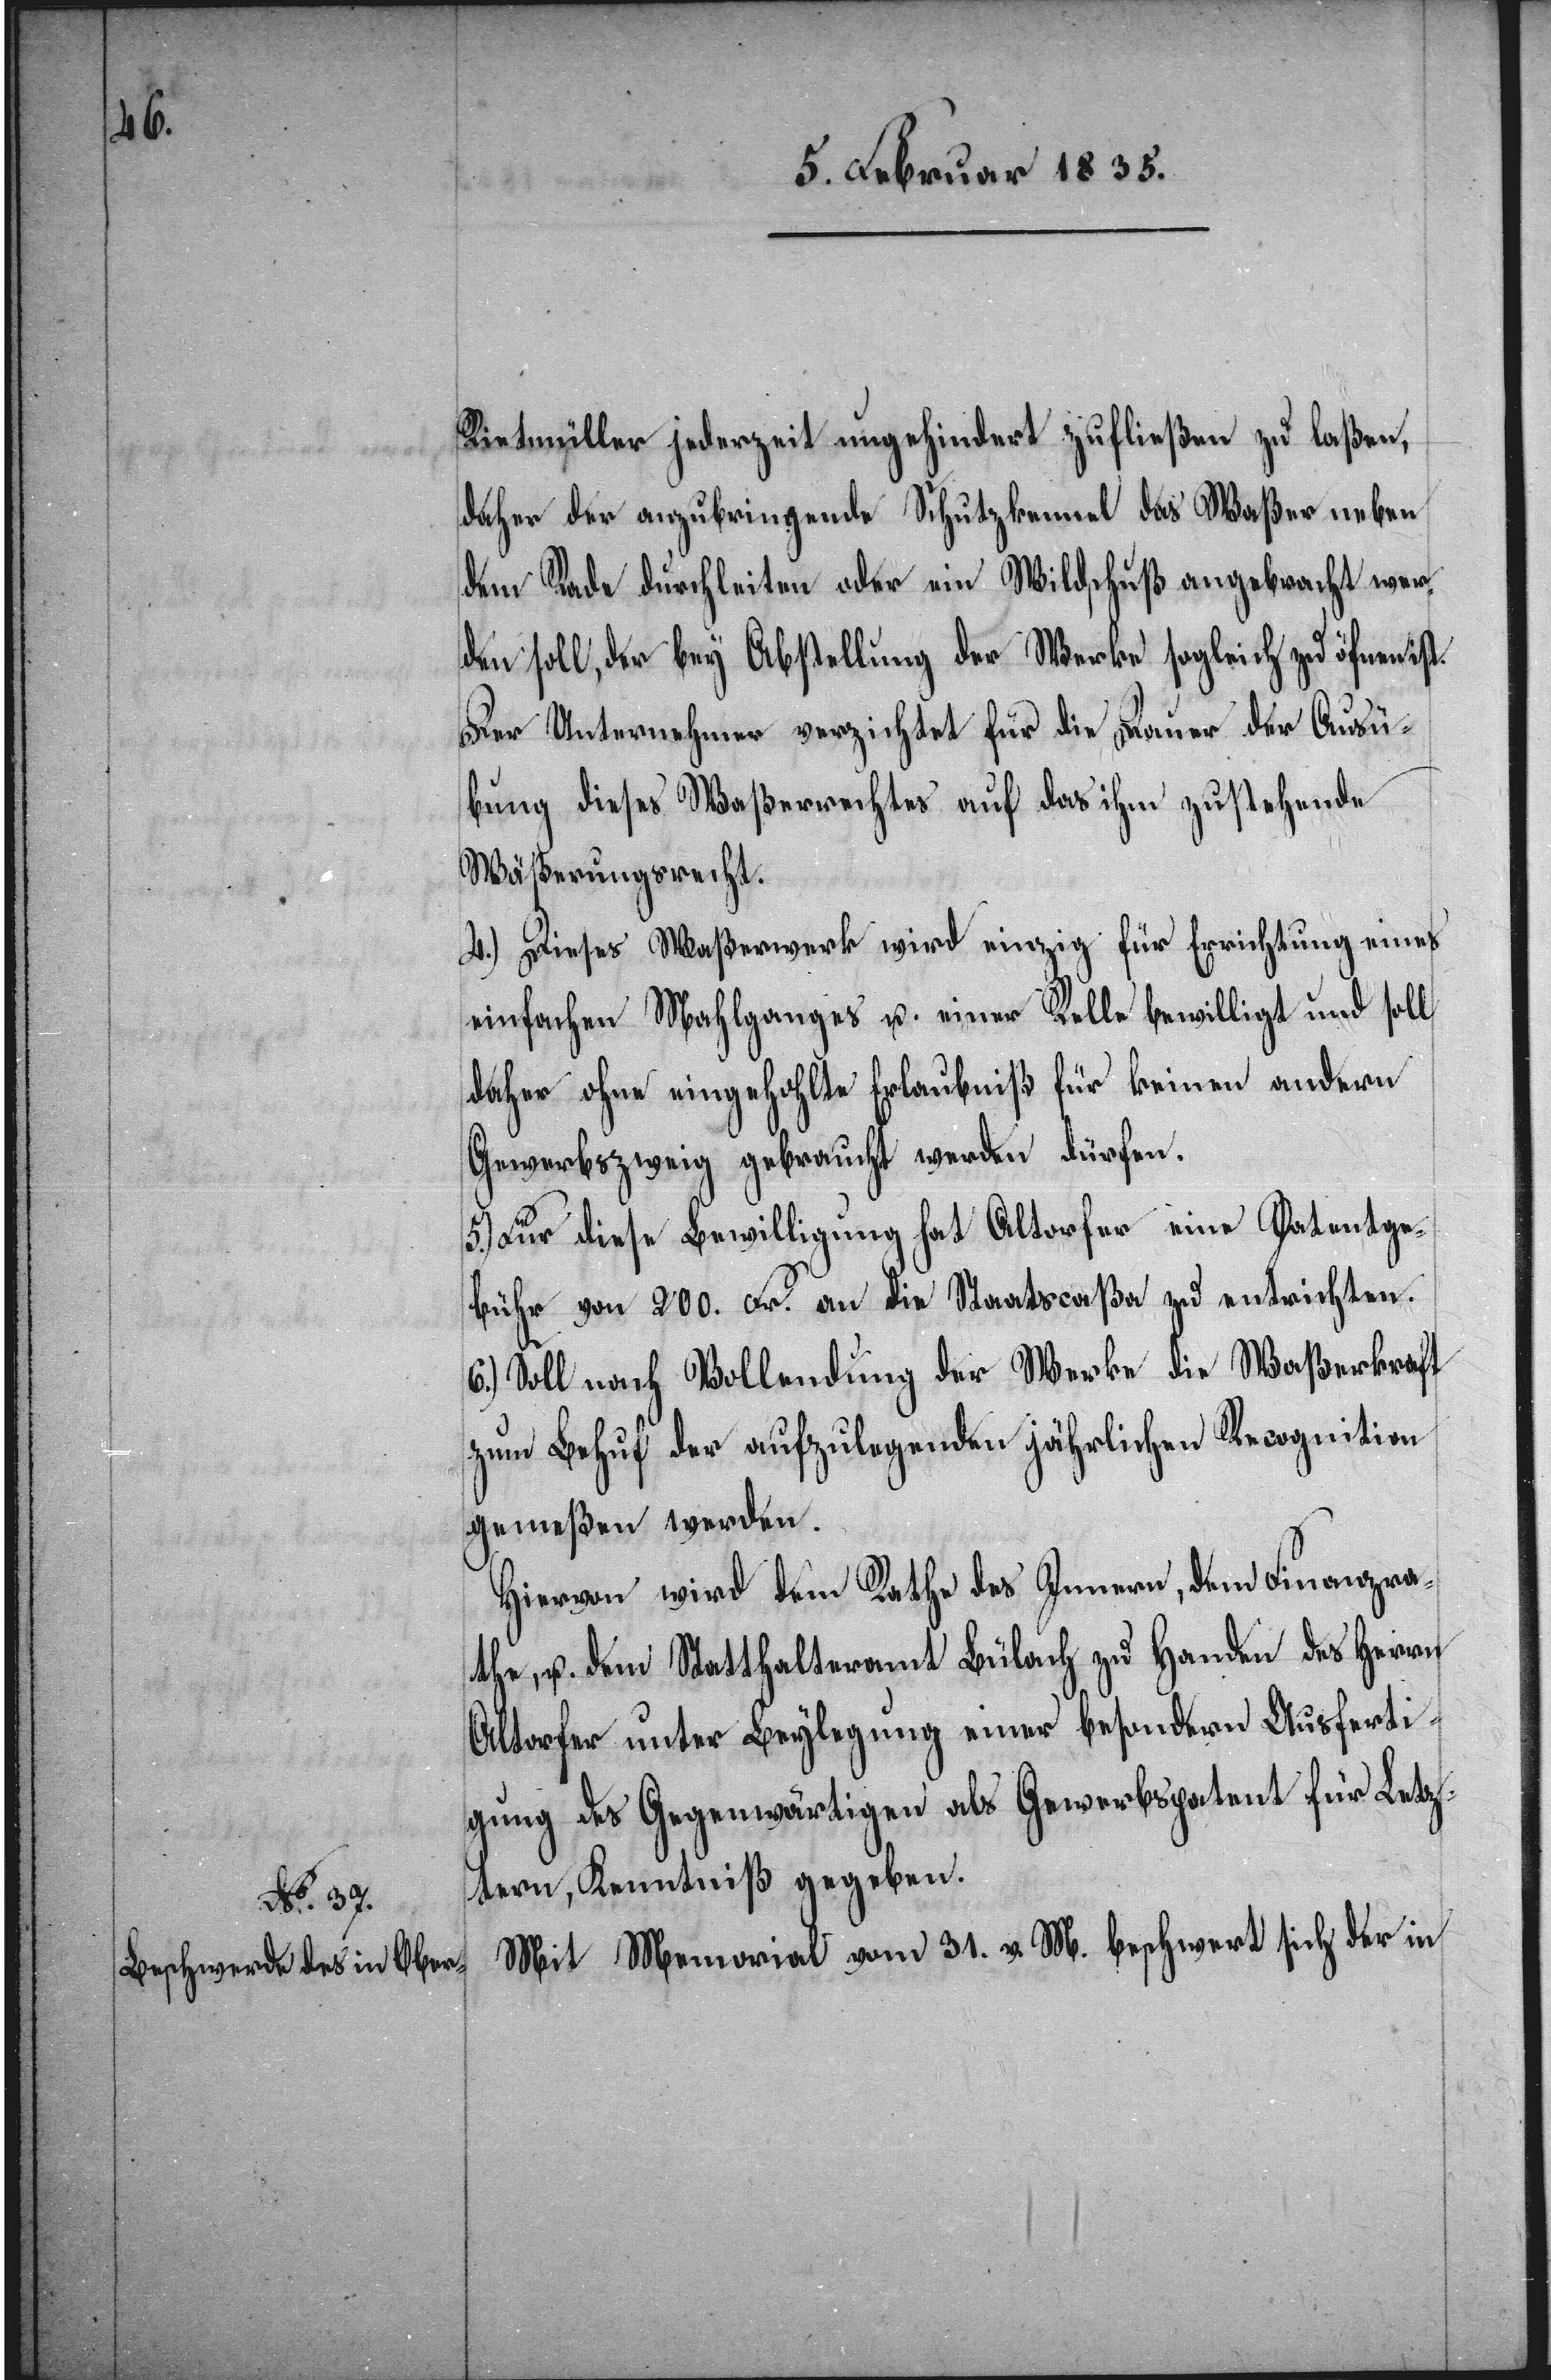
Rietmüller jederzeit ungehindert zufließen zu laßen,
daher der anzubringende Schutzkanal das Waßer neben
dem Rade durchleiten oder ein Wildschuß angebracht wer¬
den soll, der bey Abstellung der Werke sogleich zu öfnen ist.
Der Unternehmer verzichtet für die Dauer der Ausü¬
bung dieses Waßerrechtes auf das ihm zustehende
Wäßerungsrecht.
4.) Dieses Waßerwerk wird einzig für Errichtung eines
einfachen Mahlganges u. einer Relle bewilligt und soll
daher ohne eingehohlte Erlaubniß für keinen anderen
Gewerbszweig gebraucht werden dürfen.
5.) Für diese Bewilligung hat Altorfer eine Patentge¬
bühr von 200. Fr. an die Staatscaßa zu entrichten.
6.) Soll nach Vollendung der Werke die Waßerkraft
zum Behuf der aufzulegenden jährlichen Recognition
gemeßen werden.
Hiervon wird dem Rathe des Innern, dem Finanzra¬
the, u. dem Statthalteramt Bülach zu Handen des Herrn
Altorfer unter Beylegung einer besondern Ausferti¬
gung des Gegenwärtigen als Gewerbspatent für Letz¬
tern, Kenntniß gegeben.
Mit Memorial vom 31. v. M. beschwert sich der in